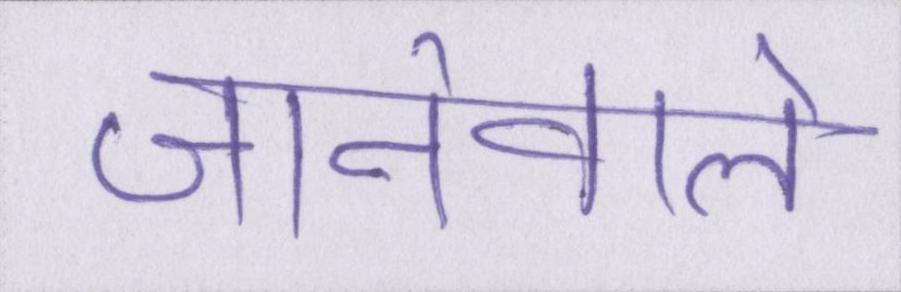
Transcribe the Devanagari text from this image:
जानेवाले